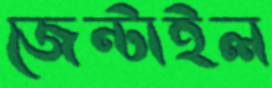
জেন্টাইল